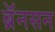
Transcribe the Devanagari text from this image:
ब्रॅनसन